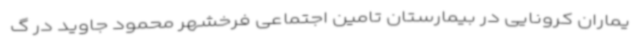
یماران کرونایی در بیمارستان تامین اجتماعی فرخشهر محمود جاوید در گ